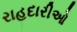
રાહદારીઓ